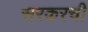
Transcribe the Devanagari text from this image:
सरकरची